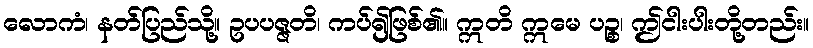
လောကံ၊ နတ်ပြည်သို့။ ဥပပဇ္ဇတိ၊ ကပ်၍ဖြစ်၏။ ဣတိ ဣမေ ပဉ္စ၊ ဤငါးပါးတို့တည်း။